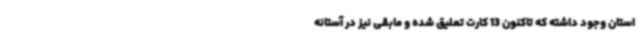
استان وجود داشته که تاکنون 13 کارت تعلیق شده و مابقی نیز در آستانه